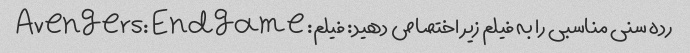
رده سنی مناسبی را به فیلم زیر اختصاص دهید: فیلم: Avengers: Endgame